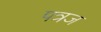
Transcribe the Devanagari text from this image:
पत्रज